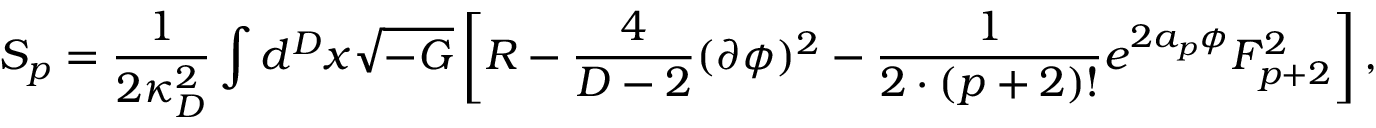
S _ { p } = { \frac { 1 } { 2 \kappa _ { D } ^ { 2 } } } \int d ^ { D } x \sqrt { - G } \left[ { \cal R } - { \frac { 4 } { D - 2 } } ( \partial \phi ) ^ { 2 } - { \frac { 1 } { 2 \cdot ( p + 2 ) ! } } e ^ { 2 a _ { p } \phi } F _ { p + 2 } ^ { 2 } \right] ,